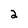
Character: 2